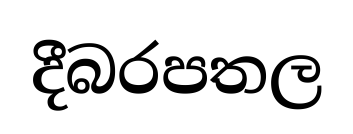
දීබරපතල